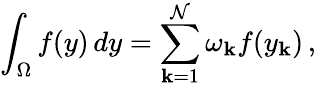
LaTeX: \int_{\Omega}f(y)\, dy=\sum_{\mathbf{k}=1}^{\mathcal{N}}\omega_{\mathbf{k}}f(y_{\mathbf{k}})\, ,